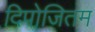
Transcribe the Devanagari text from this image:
दिपोजितम